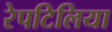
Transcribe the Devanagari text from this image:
रेपटिलिया